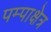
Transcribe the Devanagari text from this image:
पम्पाक्षेत्र